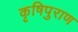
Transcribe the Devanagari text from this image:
कृषिपुराण